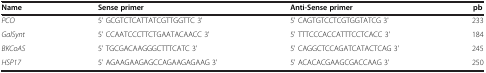
<table><thead><tr><td><b>Name</b></td><td><b>Sense primer</b></td><td><b>Anti-Sense primer</b></td><td><b>pb</b></td></tr></thead><tbody><tr><td><i>PCO</i></td><td>5' GCGTCTCATTATCGTTGGTTC 3'</td><td>5' CAGTGTCCTCGTGGTATCG 3'</td><td>233</td></tr><tr><td><i>GalSynt</i></td><td>5' CCAATCCCTTCTGAATACAACC 3'</td><td>5' TTTCCCACCATTTCCTCACC 3'</td><td>184</td></tr><tr><td><i>BKCoAS</i></td><td>5' TGCGACAAGGGCTTTCATC 3'</td><td>5' CAGGCTCCAGATCATACTCAG 3'</td><td>245</td></tr><tr><td><i>HSP17</i></td><td>5' AGAAGAAGAGCCAGAAGAGAAG 3'</td><td>5' ACACACGAAGCGACCAAG 3'</td><td>250</td></tr></tbody></table>